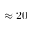
\approx 2 0